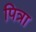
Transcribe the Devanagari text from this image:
पित्रा